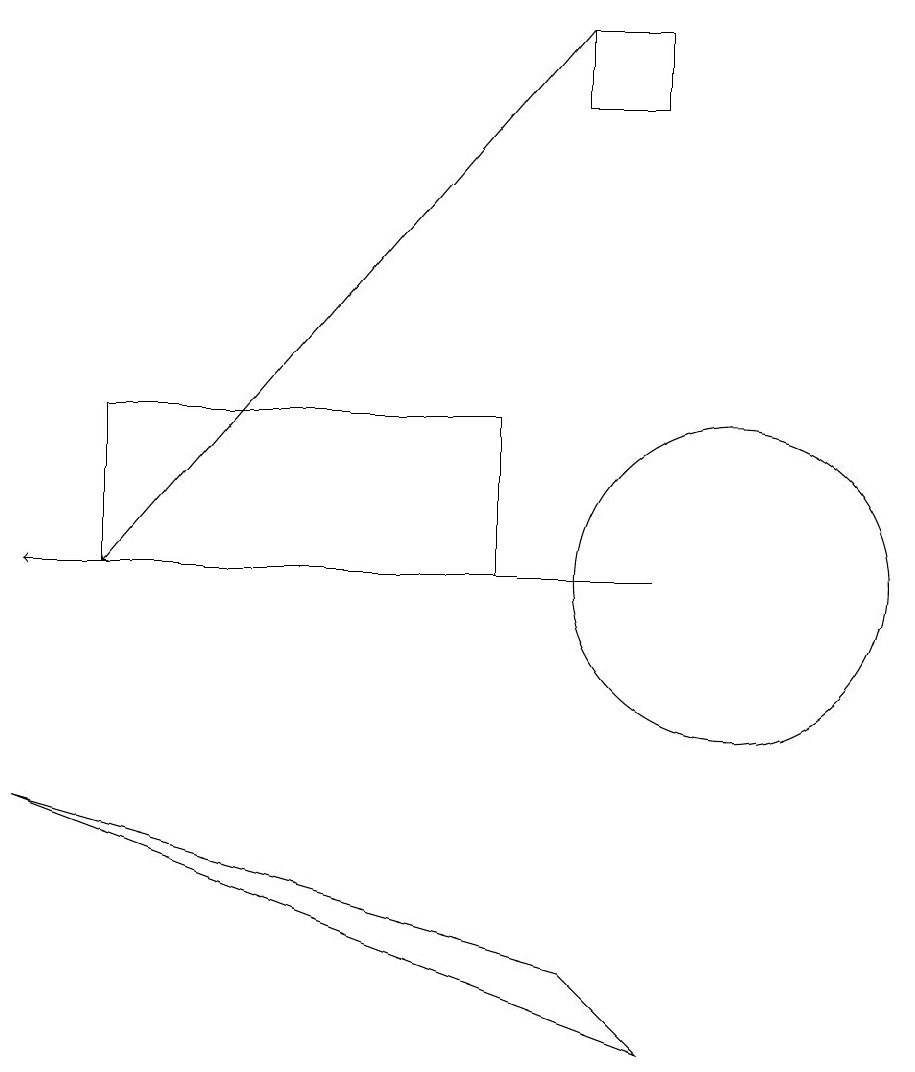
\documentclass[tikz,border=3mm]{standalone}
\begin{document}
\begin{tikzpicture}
\draw[->] (8,19) -- (2,12);
\draw (10,12) circle (2);
\draw (8,19) rectangle (9,18);
\draw (1,9) -- (8,7) -- (9,6) -- cycle;
\draw[->] (9,12) -- (1,12);
\draw (7,12) rectangle (2,14);
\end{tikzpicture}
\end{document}